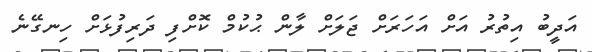
އަދީބު އިތުރު އަށް އަހަރަށް ޖަލަށް ލާން ޙުކުމް ކޮށްފި ދަރިފުޅަށް ހިނގޭނެ